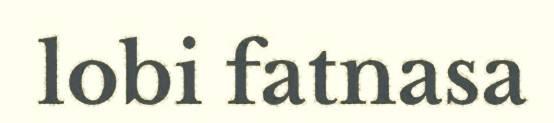
lobi fatnasa